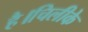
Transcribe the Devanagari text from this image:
है।चिलीके